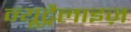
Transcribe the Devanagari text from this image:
न्यूट्रैलाइज़